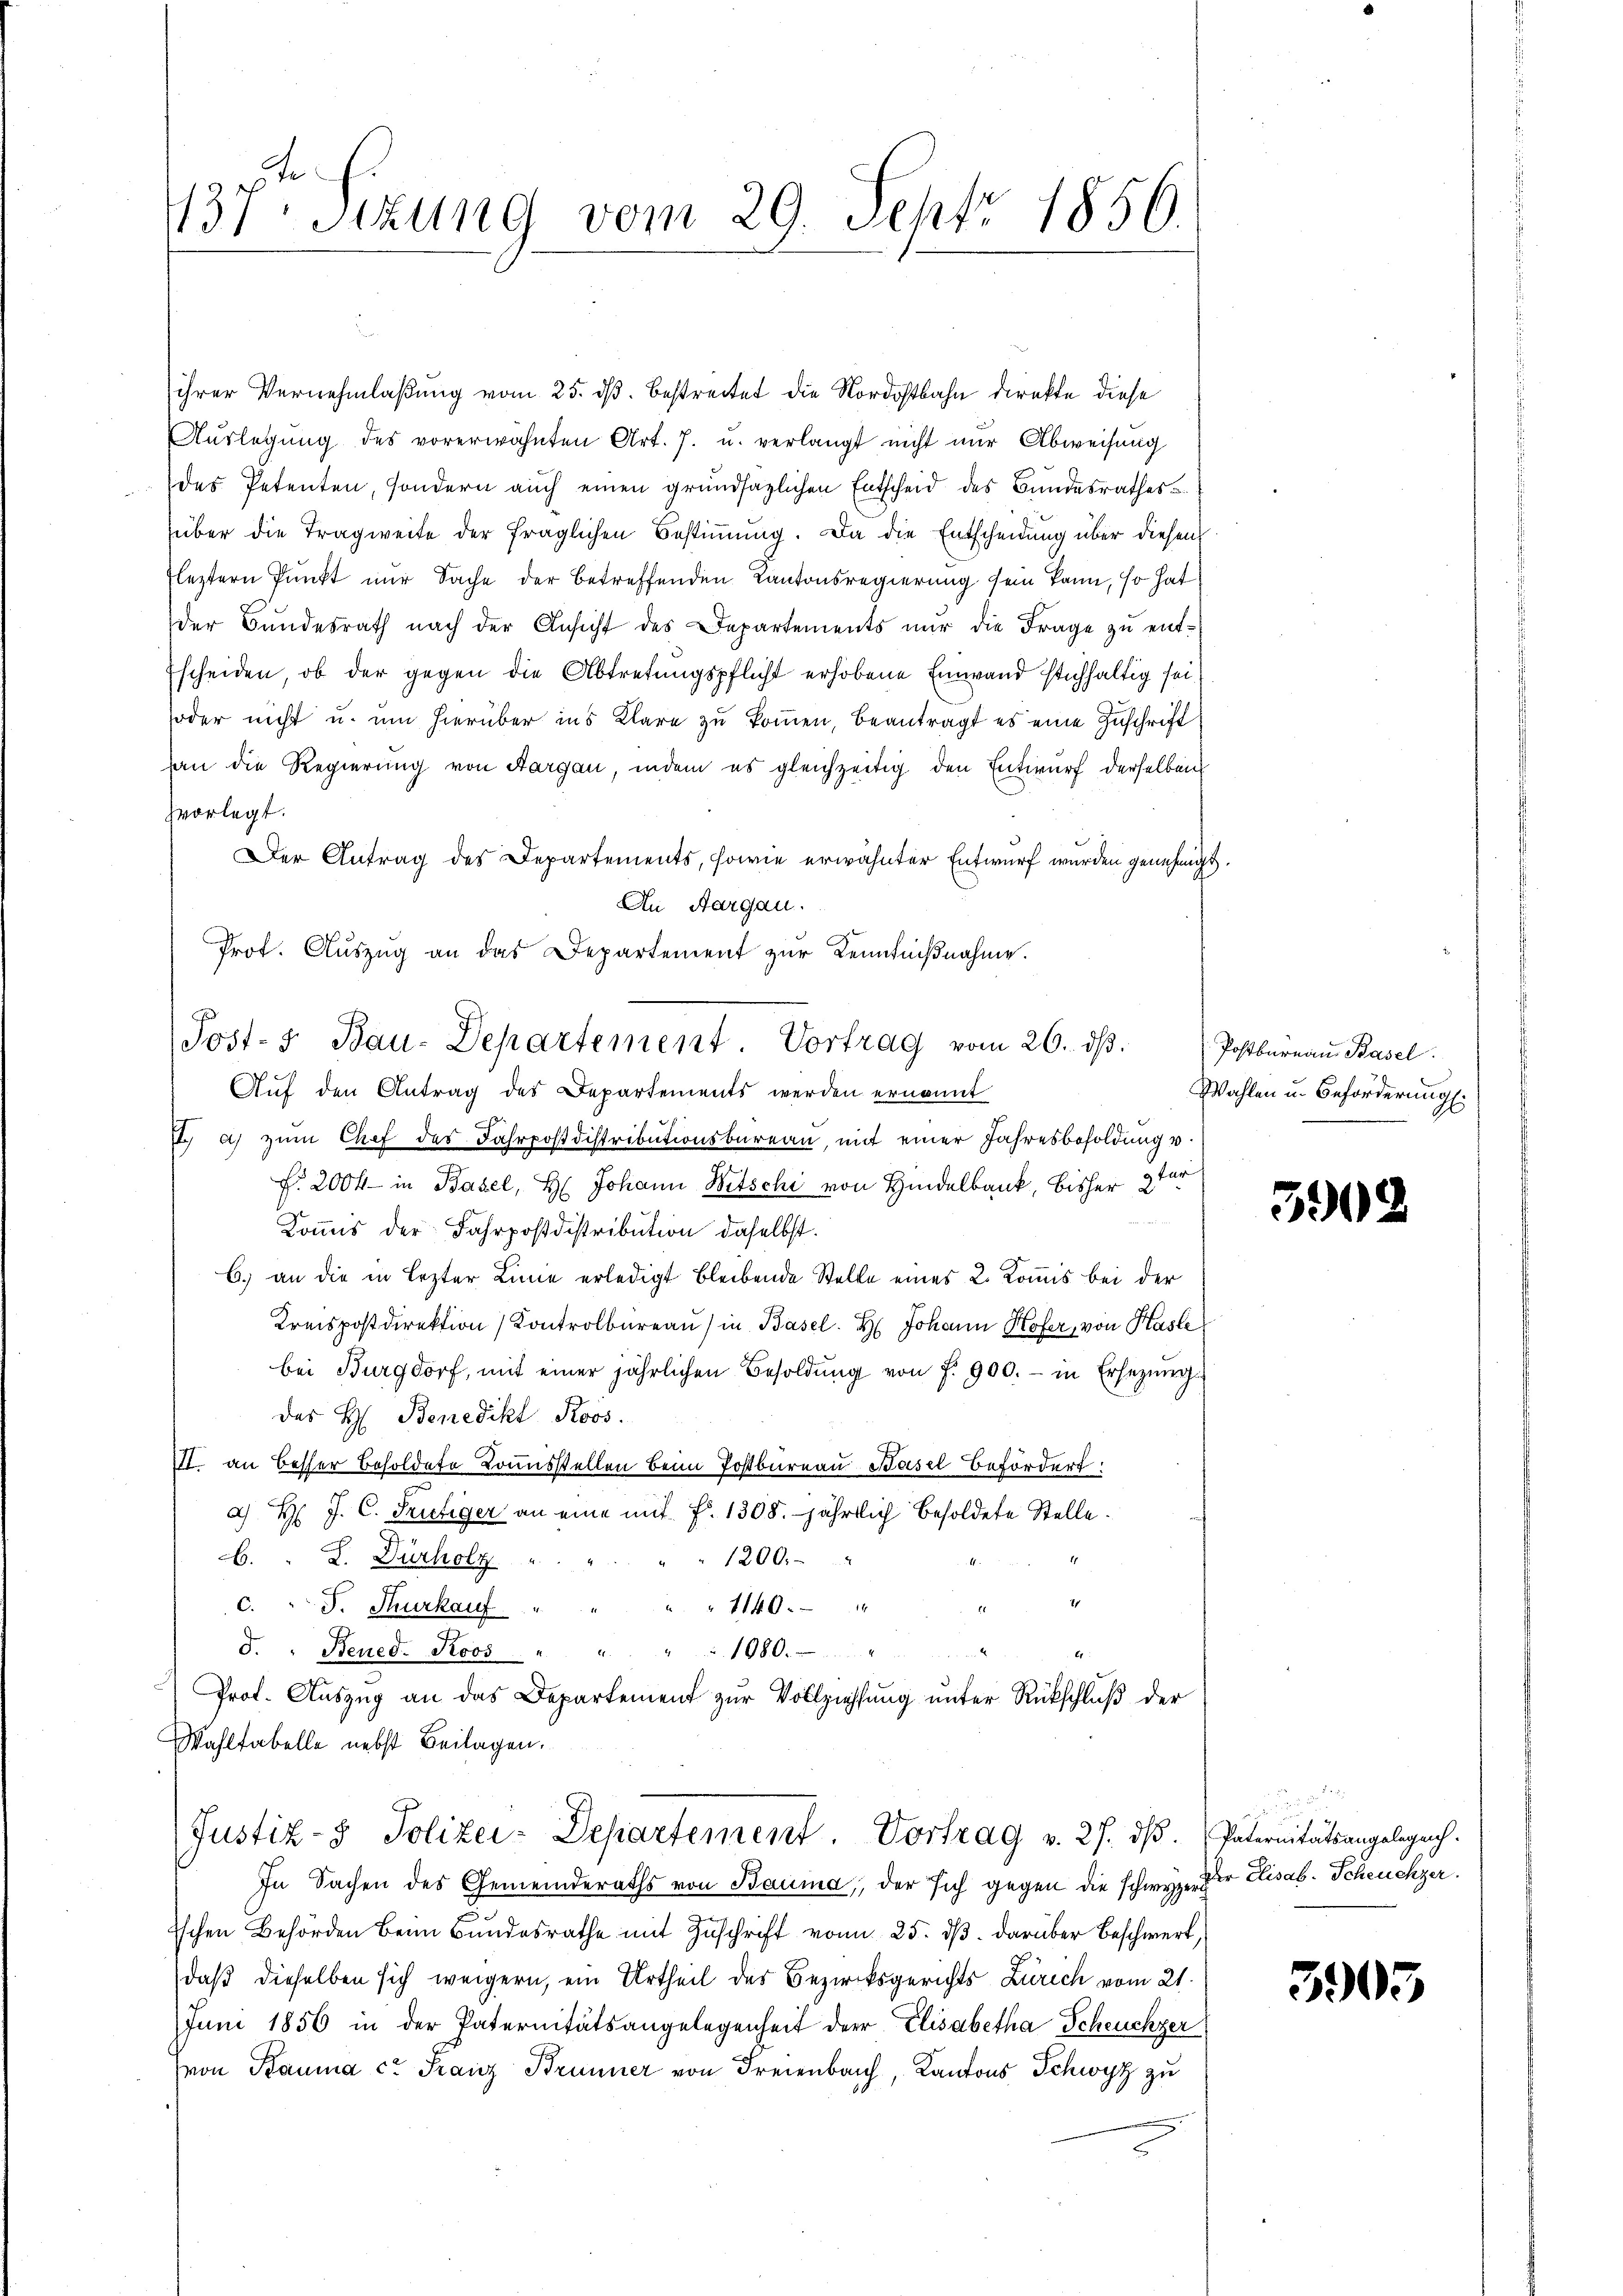
137. Sitzung vom 29. Sehtr 1856.

ihrer Vernehmlaßung vom 25. ds. bestreitet die Nordostbahn direkte diese
Aŭslegŭng des vorerwähnten Art. 7. u. verlangt nicht nur Abweisung
des Petenten, sondern auch einen grundsazlichen Entscheid des Bundesrathes
über die Tragweite der fraglichen Bestimmung. Da die Entscheidung über diesen
leztern Punkt nur Sache der betreffenden Kantonsregierung sein kann, so hat
der Bundesrath nach der Ansicht des Departements nur die Frage zu ent¬
Escheiden, ob der gegen die Abtretungspflicht erhobene Einwand stichhaltig sei
soder nicht u. um hierüber ins Klare zu kommen, beantragt es eine Zuschrift
an die Regierung von Aargau, indem es gleichzeitig den Entwurf derselben
zvorlegt.
Der Antrag des Departements, sowie erwähnter Entwurf wurden genehmigt.
An Aargau.
Prof. Auszug an das Departement zur Kenntnißnahme.
I a) zum Chef des Fahrpostdistributionsbüreau, mit einer Jahresbesoldung v.
f. 2004 in Basel, H. Johann Witschi von Hindelbank, bisher 2ter
Kommis der Fahrposdistribution daselbst.
6. an die in Lezter Linie erledigt bleibende Stelle eines 2. Kommis bei der
Kreispostdirektion Kontrolbureau in Basel. H. Johann Hofer, von Hasle
bei Burgdorf, mit einer jährlichen Besoldŭng von f. 900.- in Ersezung
des H. Benedikt Roos.
III. an besser Besoldete Konsstellen beim Postbureau Basel befördert
a) Hr. J. C. Frutiger an eine mit. f. 1308. jährlich besoldete Stelle.
. L. Dürholz
1200.
3
c. " J. Furkauf
1140
F. " Bened. Roos " "
1080.
Prot. Aŭszŭg an das Departement zŭr Vollziehŭng ŭnter Rückschlŭβ der
Wahltabelle nebst Beilagen.
Justiz- & Polizei-Departement. Vortrag v. 27. dβ. Paternitätsangelegech.
In Sachen des Gemeinderaths von Bauma, der sich gegen die schwyzer der Elisab. Scheuchzer
Ischen Behörden beim Bŭndesrathe mit Zŭschrift von 25. dβ. darüber beschwert,
daß dieselben sich weigern, ein Urtheil des Bezirksgerichts Zürich vom 21.
Juni 1856 in der Paternitätsangelegenheit der Elisabetha Scheuchzer
von Bauma c. Franz Brunner von Freienbach, Kantons Schwyz zu

Post- u. Bau-Departement. Vortrag vom 26. dβ. Postbüreaŭ Basel
Auf den Antrag des Departements werden ernannt

Wahlen u. Beförderung.

3909

3905